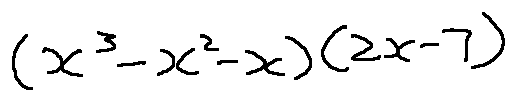
( x ^ { 3 } - x ^ { 2 } - x ) ( 2 x - 7 )